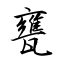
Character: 甕